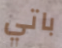
باتي